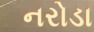
નરોડા